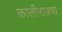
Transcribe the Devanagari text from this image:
कालीरावणा